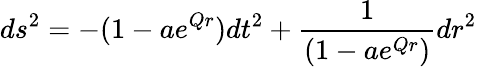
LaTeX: ds^{2}=-(1-ae^{Qr})dt^{2}+\frac{1}{(1-ae^{Qr})}dr^{2}